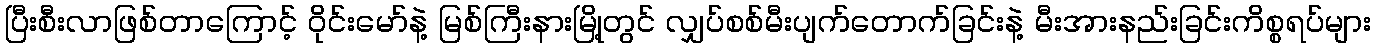
ပြီးစီးလာဖြစ်တာကြောင့် ဝိုင်းမော်နဲ့ မြစ်ကြီးနားမြို့တွင် လျှပ်စစ်မီးပျက်တောက်ခြင်းနဲ့ မီးအားနည်းခြင်းကိစ္စရပ်များ